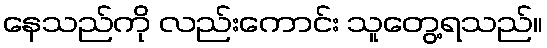
နေသည်ကို လည်းကောင်း သူတွေ့ရသည်။